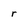
Character: r